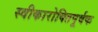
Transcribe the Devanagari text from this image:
स्वीकारोक्तिपूर्वक